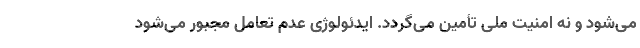
می­شود و نه امنیت ملی تأمین می­گردد. ایدئولوژی عدمِ تعامل مجبور می­شود